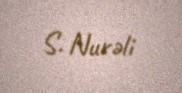
S. Nurəli